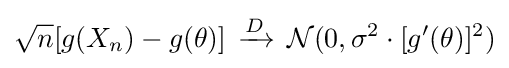
{{\sqrt {n}}[g(X_{n})-g(\theta )]\,\xrightarrow {D} \,{\mathcal {N}}(0,\sigma ^{2}\cdot [g'(\theta )]^{2})}